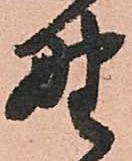
野